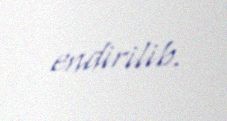
endirilib.